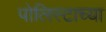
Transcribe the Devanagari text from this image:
पोलिस्टाच्या